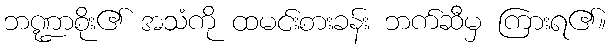
ဘဏ္ဍာစိုး၏ အသံကို ထမင်းစားခန်း ဘက်ဆီမှ ကြားရ၏။